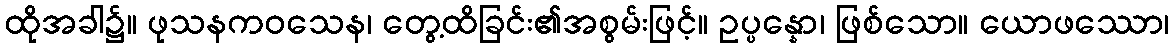
ထိုအခါ၌။ ဖုသနကဝသေန၊ တွေ့ထိခြင်း၏အစွမ်းဖြင့်။ ဥပ္ပန္နော၊ ဖြစ်သော။ ယောဖဿော၊